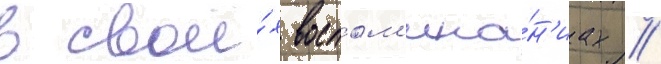
в свои́х воспом'ина́н'иах //